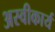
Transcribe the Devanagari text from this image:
अस्‍वीकार्य